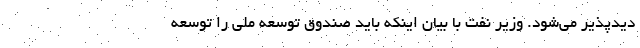
دیدپذیر می‌شود. وزیر نفت با بیان اینکه باید صندوق توسعه ملی را توسعه